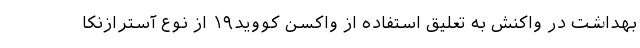
بهداشت در واکنش به تعلیق استفاده از واکسن کووید۱۹ از نوع آسترازنکا